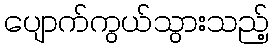
ပျောက်ကွယ်သွားသည့်